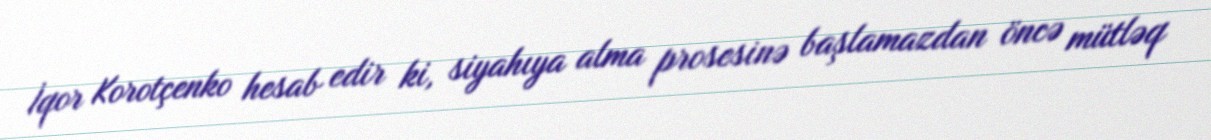
İqor Korotçenko hesab edir ki, siyahıya alma prosesinə başlamazdan öncə mütləq